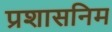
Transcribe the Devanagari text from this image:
प्रशासनिम